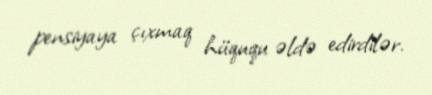
pensiyaya çıxmaq hüququ əldə edirdilər.